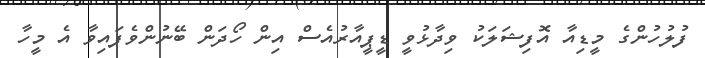
ފުލުހުންގެ މީޑިއާ އޮފިޝަލަކު ވިދާޅުވީ ޑީޕީއާރުއެސް އިން ހޯދަން ބޭނުންވެފައިވާ އެ މީހާ